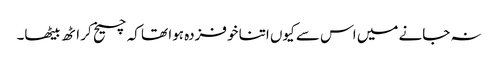
نہ جانے میں اس سے کیوں اتنا خوفزدہ ہوا تھا کہ چیخ کر اٹھ بیٹھا۔